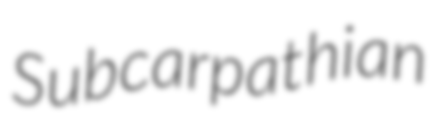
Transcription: Subcarpathian